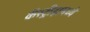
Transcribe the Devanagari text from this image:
कॅस्ट्रीझमध्ये